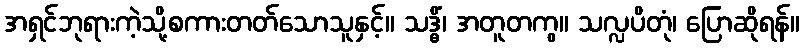
အရှင်ဘုရားကဲ့သို့စကားတတ်သောသူနှင့်။ သဒ္ဓိံ၊ အတူတကွ။ သလ္လပိတုံ၊ ပြောဆိုရန်။